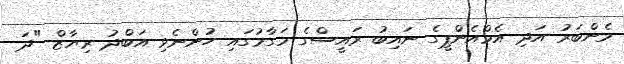
މެންބަރު އަދި އެމްއެންޕީގެ ނައިބު ރައީސްގެ މަގާމުގައި ހުންނެވި އަބްދު ރިޔާޒް "ދަ